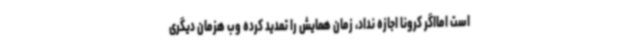
است امااگر کرونا اجازه نداد، زمان همایش را تمدید کرده وب هزمان دیگری